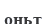
оньт